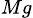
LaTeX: _{Mg}